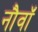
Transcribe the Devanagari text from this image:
नौवॉं